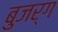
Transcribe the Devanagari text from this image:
बुजर्ग